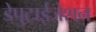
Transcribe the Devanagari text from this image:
डेपुटाईजेशन